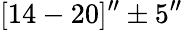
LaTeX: [14-20]^{\prime\prime}\pm 5^{\prime\prime}